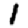
Digit: 1